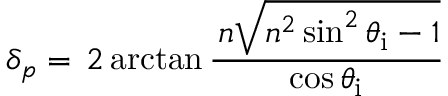
\delta _ { p } = \, 2 \arctan { \frac { \, n { \sqrt { n ^ { 2 } \sin ^ { 2 } \theta _ { \mathrm { i } } - 1 } } } { \cos \theta _ { \mathrm { i } } } }